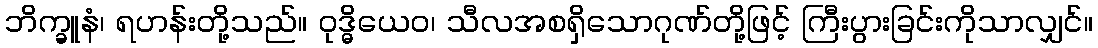
ဘိက္ခူနံ၊ ရဟန်းတို့သည်။ ဝုဒ္ဓိယေဝ၊ သီလအစရှိသောဂုဏ်တို့ဖြင့် ကြီးပွားခြင်းကိုသာလျှင်။